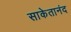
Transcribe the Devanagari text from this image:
साकेतानंद